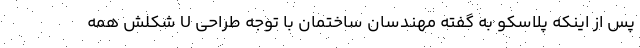
پس از اینکه پلاسکو به گفته مهندسان ساختمان با توجه طراحی U شکلش همه